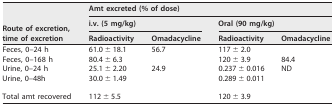
| <ROWSPAN=3> Route of excretion, time of excretion | <COLSPAN=4> Amt excreted (% of dose) |
 | <COLSPAN=2> i.v. (5 mg/kg) | <COLSPAN=2> Oral (90 mg/kg) |
 | Radioactivity | Omadacycline | Radioactivity | Omadacycline |
 | --- | --- | --- | --- | --- |
 | Feces, 0–24 h | 61.0 ± 18.1 | 56.7 | 117 ± 2.0 |  |
 | Feces, 0–168 h | 80.4 ± 6.3 |  | 120 ± 3.9 | 84.4 |
 | Urine, 0–24 h | 25.1 ± 2.20 | 24.9 | 0.237 ± 0.016 | ND |
 | Urine, 0–48h | 30.0 ± 1.49 |  | 0.289 ± 0.011 |  |
 | Total amt recovered | 112 ± 5.5 |  | 120 ± 3.9 |  |